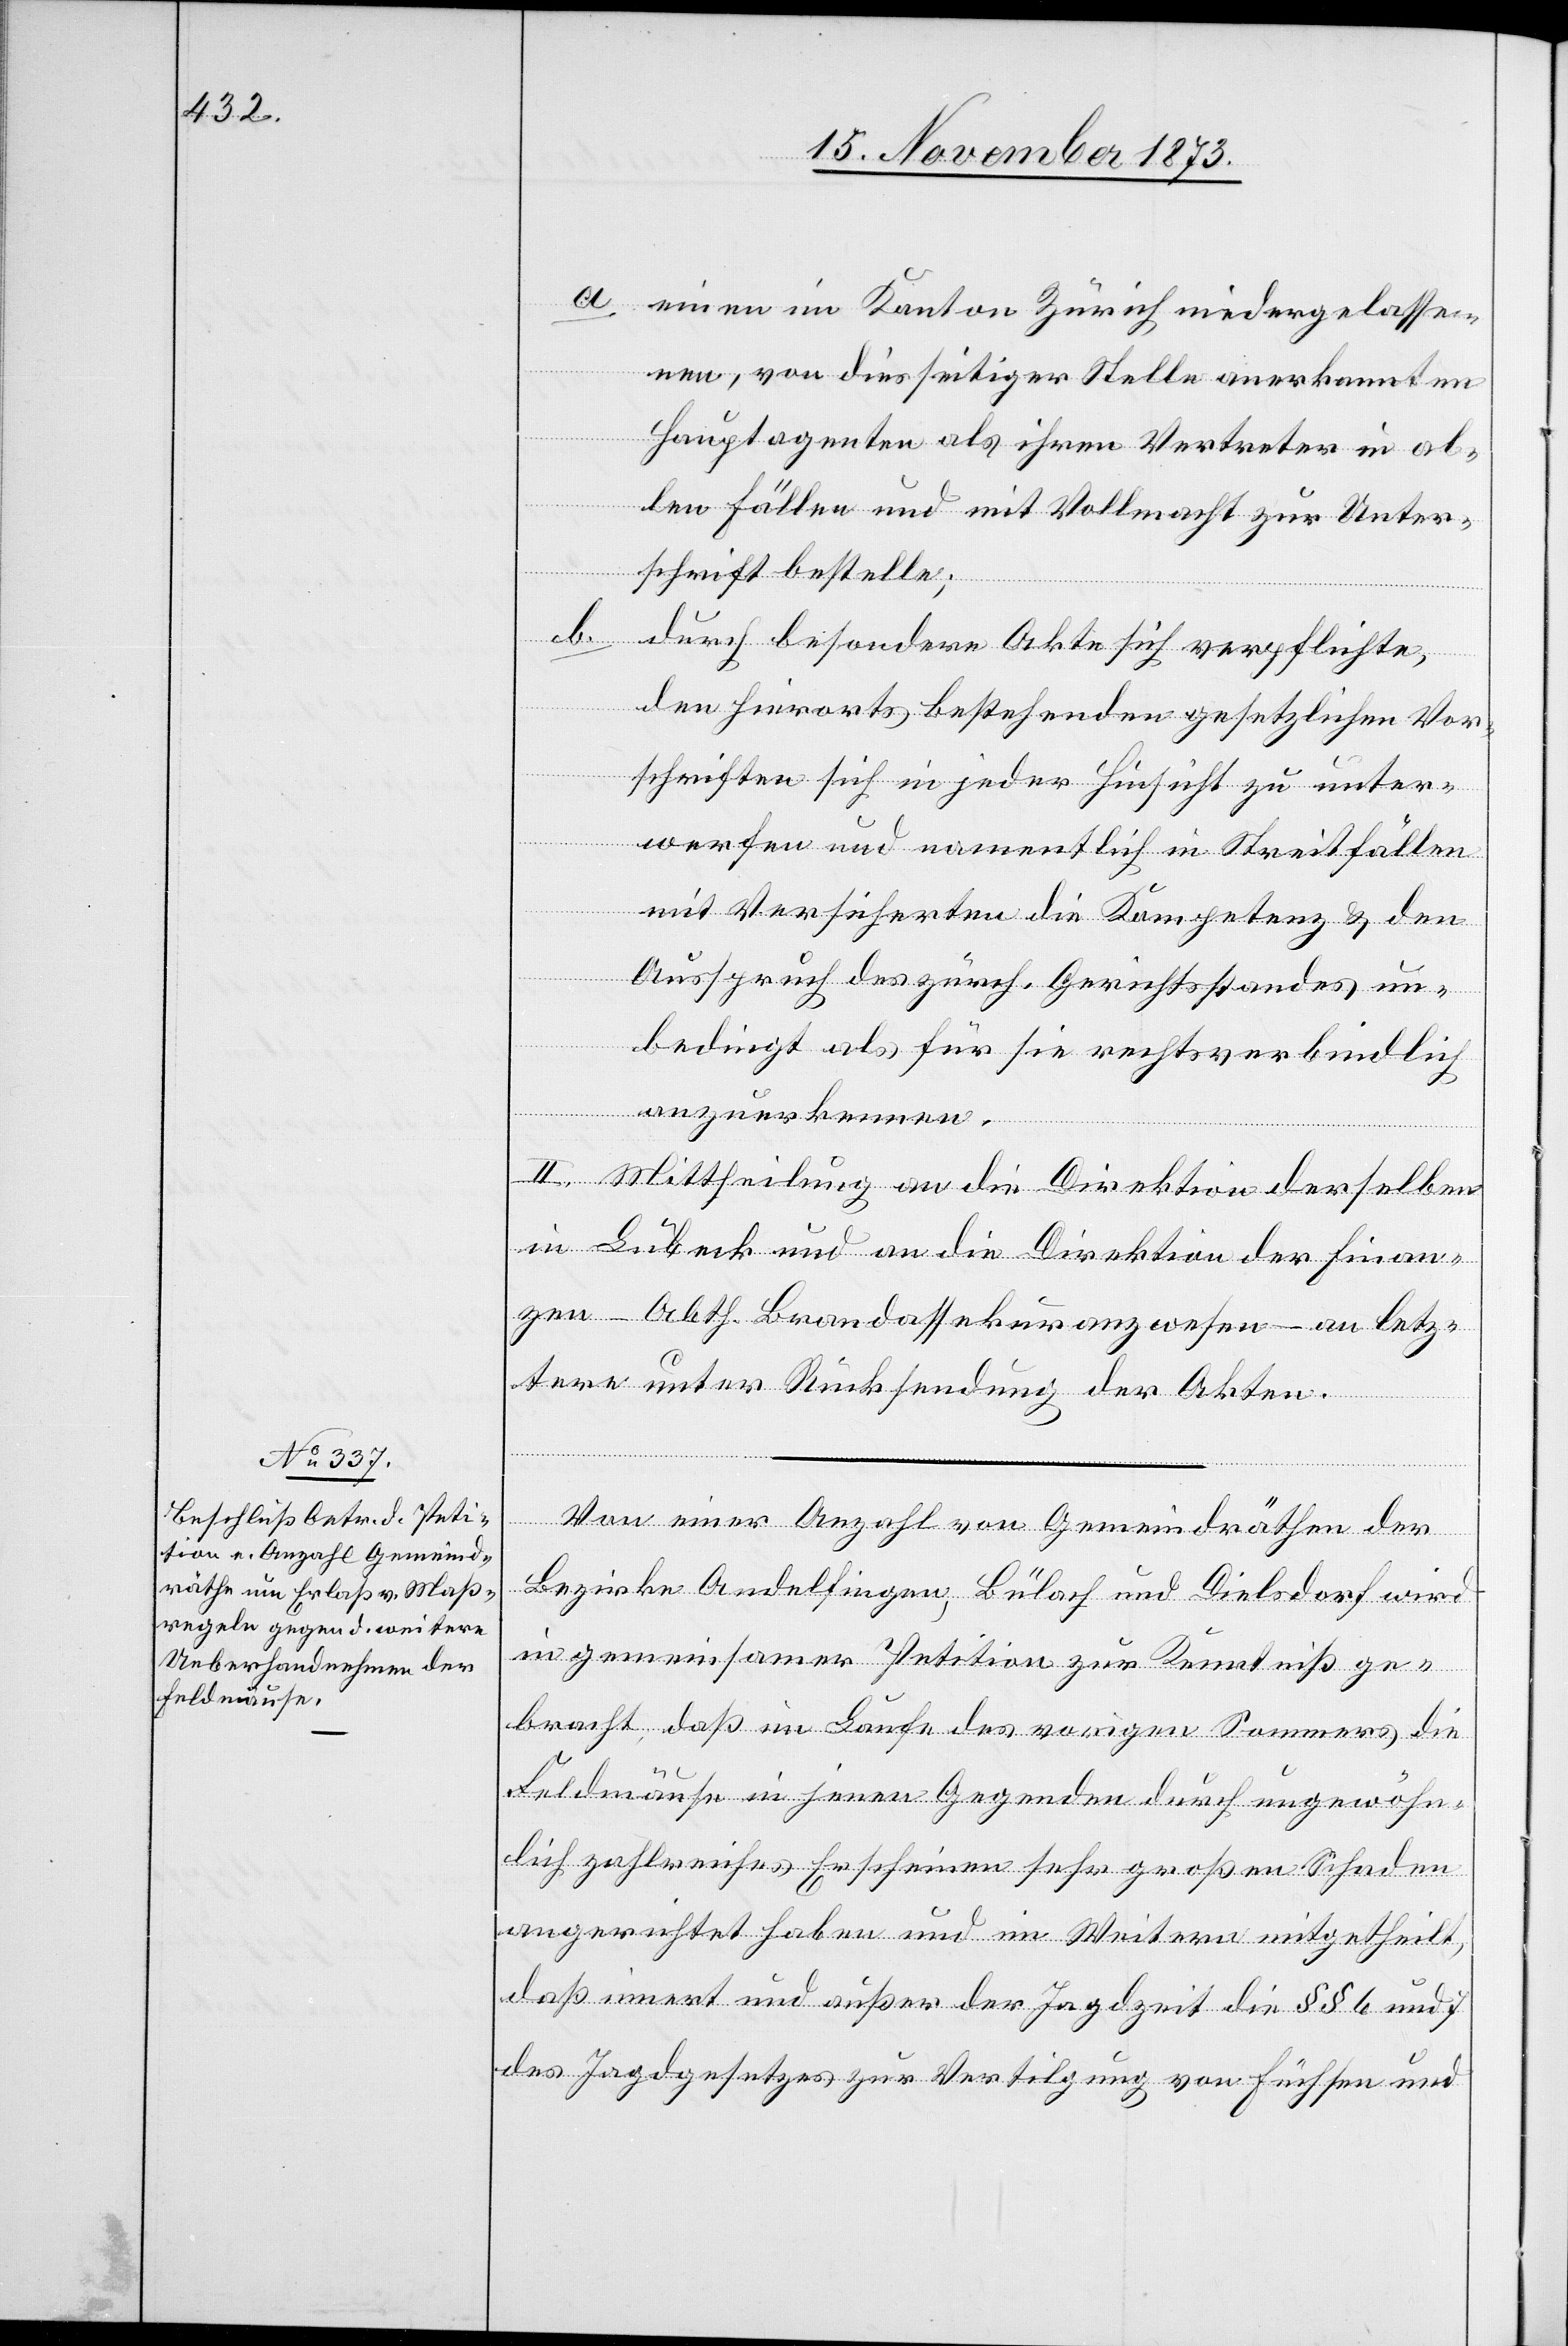
a. einen im Kanton Zürich niedergelasse¬
nen, von diesseitiger Stelle anerkannten
Hauptagenten als ihren Vertreter in al¬
len Fällen und mit Vollmacht zur Unter¬
schrift bestelle;
b.
durch besondere Akte sich verpflichte,
den hierorts bestehenden gesetzlichen Vor¬
schriften sich in jeder Hinsicht zu unter¬
werfen und namentlich in Streitfällen
mit Versicherten die Kompetenz & den
Ausspruch des zürch. Gerichtsstandes un¬
bedingt als für sie rechtsverbindlich
anzuerkennen.
II. Mittheilung an die Direktion derselben
in Lübeck und an die Direktion der Finan¬
zen – Abth. Brandassekuranzwesen – an letz¬
tere unter Rücksendung der Akten.
Von einer Anzahl von Gemeindräthen der
Bezirke Andelfingen, Bülach und Dielsdorf wird
in gemeinsamer Petition zur Kenntniß ge¬
bracht, daß im Laufe des vorigen Sommers die
Feldmäuse in jenen Gegenden durch ungewöhn¬
lich zahlreiches Erscheinen sehr großen Schaden
angerichtet haben und im Weitern mitgetheilt,
daß innert und außer der Jagdzeit die §§ 6 und 7
des Jagdgesetzes zur Vertilgung von Füchsen und